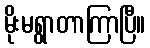
မိုးမရွာတာကြာပြီ။